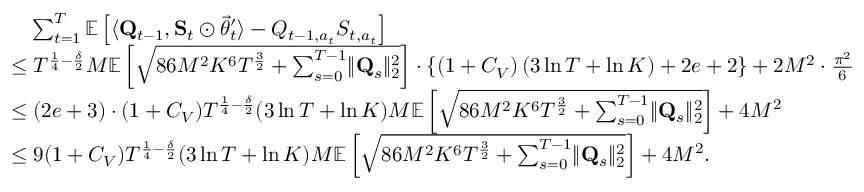
\begin{array} { r l } & { \quad \sum _ { t = 1 } ^ { T } \mathbb E \left[ \langle \mathbf Q _ { t - 1 } , \mathbf S _ { t } \odot \vec { \theta } _ { t } ^ { \prime } \rangle - Q _ { t - 1 , a _ { t } } S _ { t , a _ { t } } \right] } \\ & { \le T ^ { \frac 1 4 - \frac \delta 2 } M \mathbb E \left[ \sqrt { 8 6 M ^ { 2 } K ^ { 6 } T ^ { \frac 3 2 } + \sum _ { s = 0 } ^ { T - 1 } \lVert \mathbf Q _ { s } \rVert _ { 2 } ^ { 2 } } \right] \cdot \left\{ \left( 1 + C _ { V } \right) \left( 3 \ln T + \ln K \right) + 2 e + 2 \right\} + 2 M ^ { 2 } \cdot \frac { \pi ^ { 2 } } 6 } \\ & { \le ( 2 e + 3 ) \cdot ( 1 + C _ { V } ) T ^ { \frac 1 4 - \frac \delta 2 } ( 3 \ln T + \ln K ) M \mathbb E \left[ \sqrt { 8 6 M ^ { 2 } K ^ { 6 } T ^ { \frac 3 2 } + \sum _ { s = 0 } ^ { T - 1 } \lVert \mathbf Q _ { s } \rVert _ { 2 } ^ { 2 } } \right] + 4 M ^ { 2 } } \\ & { \le 9 ( 1 + C _ { V } ) T ^ { \frac 1 4 - \frac \delta 2 } ( 3 \ln T + \ln K ) M \mathbb E \left[ \sqrt { 8 6 M ^ { 2 } K ^ { 6 } T ^ { \frac 3 2 } + \sum _ { s = 0 } ^ { T - 1 } \lVert \mathbf Q _ { s } \rVert _ { 2 } ^ { 2 } } \right] + 4 M ^ { 2 } . } \end{array}